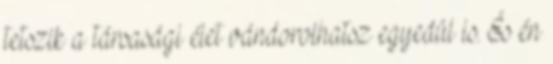
tetszik a társasági élet vándorolhatsz egyedül is. És én